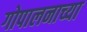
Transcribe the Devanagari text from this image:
गोपालनाच्या